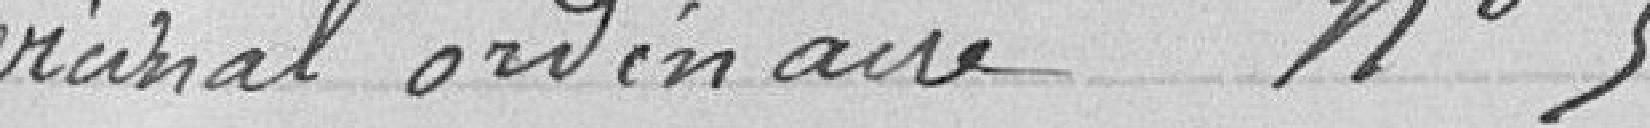
vicinal ordinaire n°5.